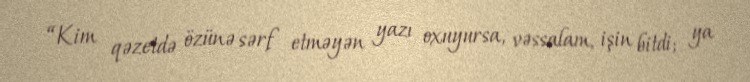
“Kim qəzetdə özünə sərf etməyən yazı oxuyursa, vəssalam, işin bitdi; ya